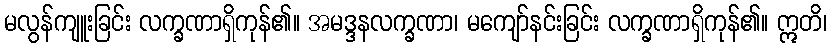
မလွန်ကျူးခြင်း လက္ခဏာရှိကုန်၏။ အမဒ္ဒနလက္ခဏာ၊ မကျော်နင်းခြင်း လက္ခဏာရှိကုန်၏။ ဣတိ၊